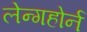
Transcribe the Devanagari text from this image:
लेन्गहोर्न